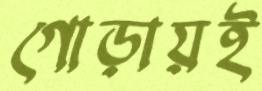
গোড়ায়ই